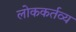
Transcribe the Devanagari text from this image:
लोककर्तव्य